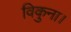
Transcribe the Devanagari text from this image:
विकुना।